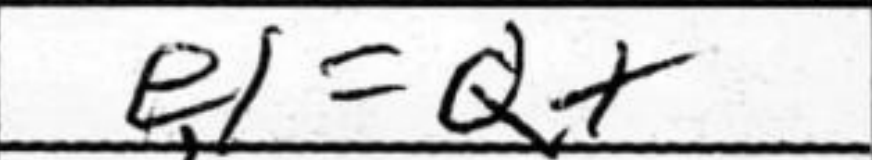
Transcription: e1=Q+